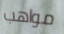
مواهب